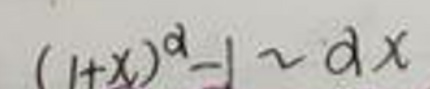
\[(1 + x)^{\alpha}-1\sim\alpha x\]